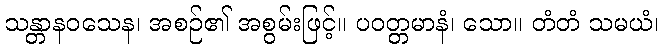
သန္တာနဝသေန၊ အစဉ်၏ အစွမ်းဖြင့်။ ပဝတ္တမာနံ၊ သော။ တံတံ သမယံ၊